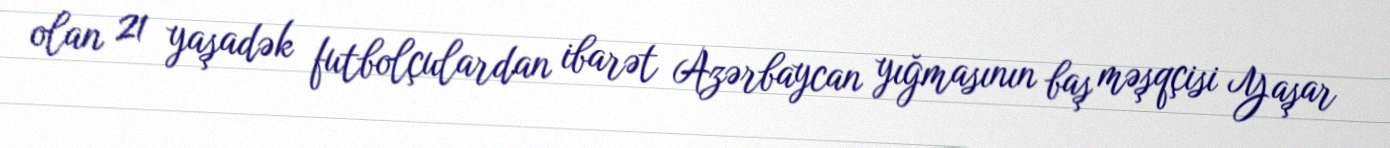
olan 21 yaşadək futbolçulardan ibarət Azərbaycan yığmasının baş məşqçisi Yaşar